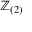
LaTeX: \mathbb { Z } _ { ( 2 ) }